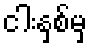
ငါးနှစ်မှ